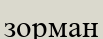
зорман